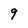
Character: 9